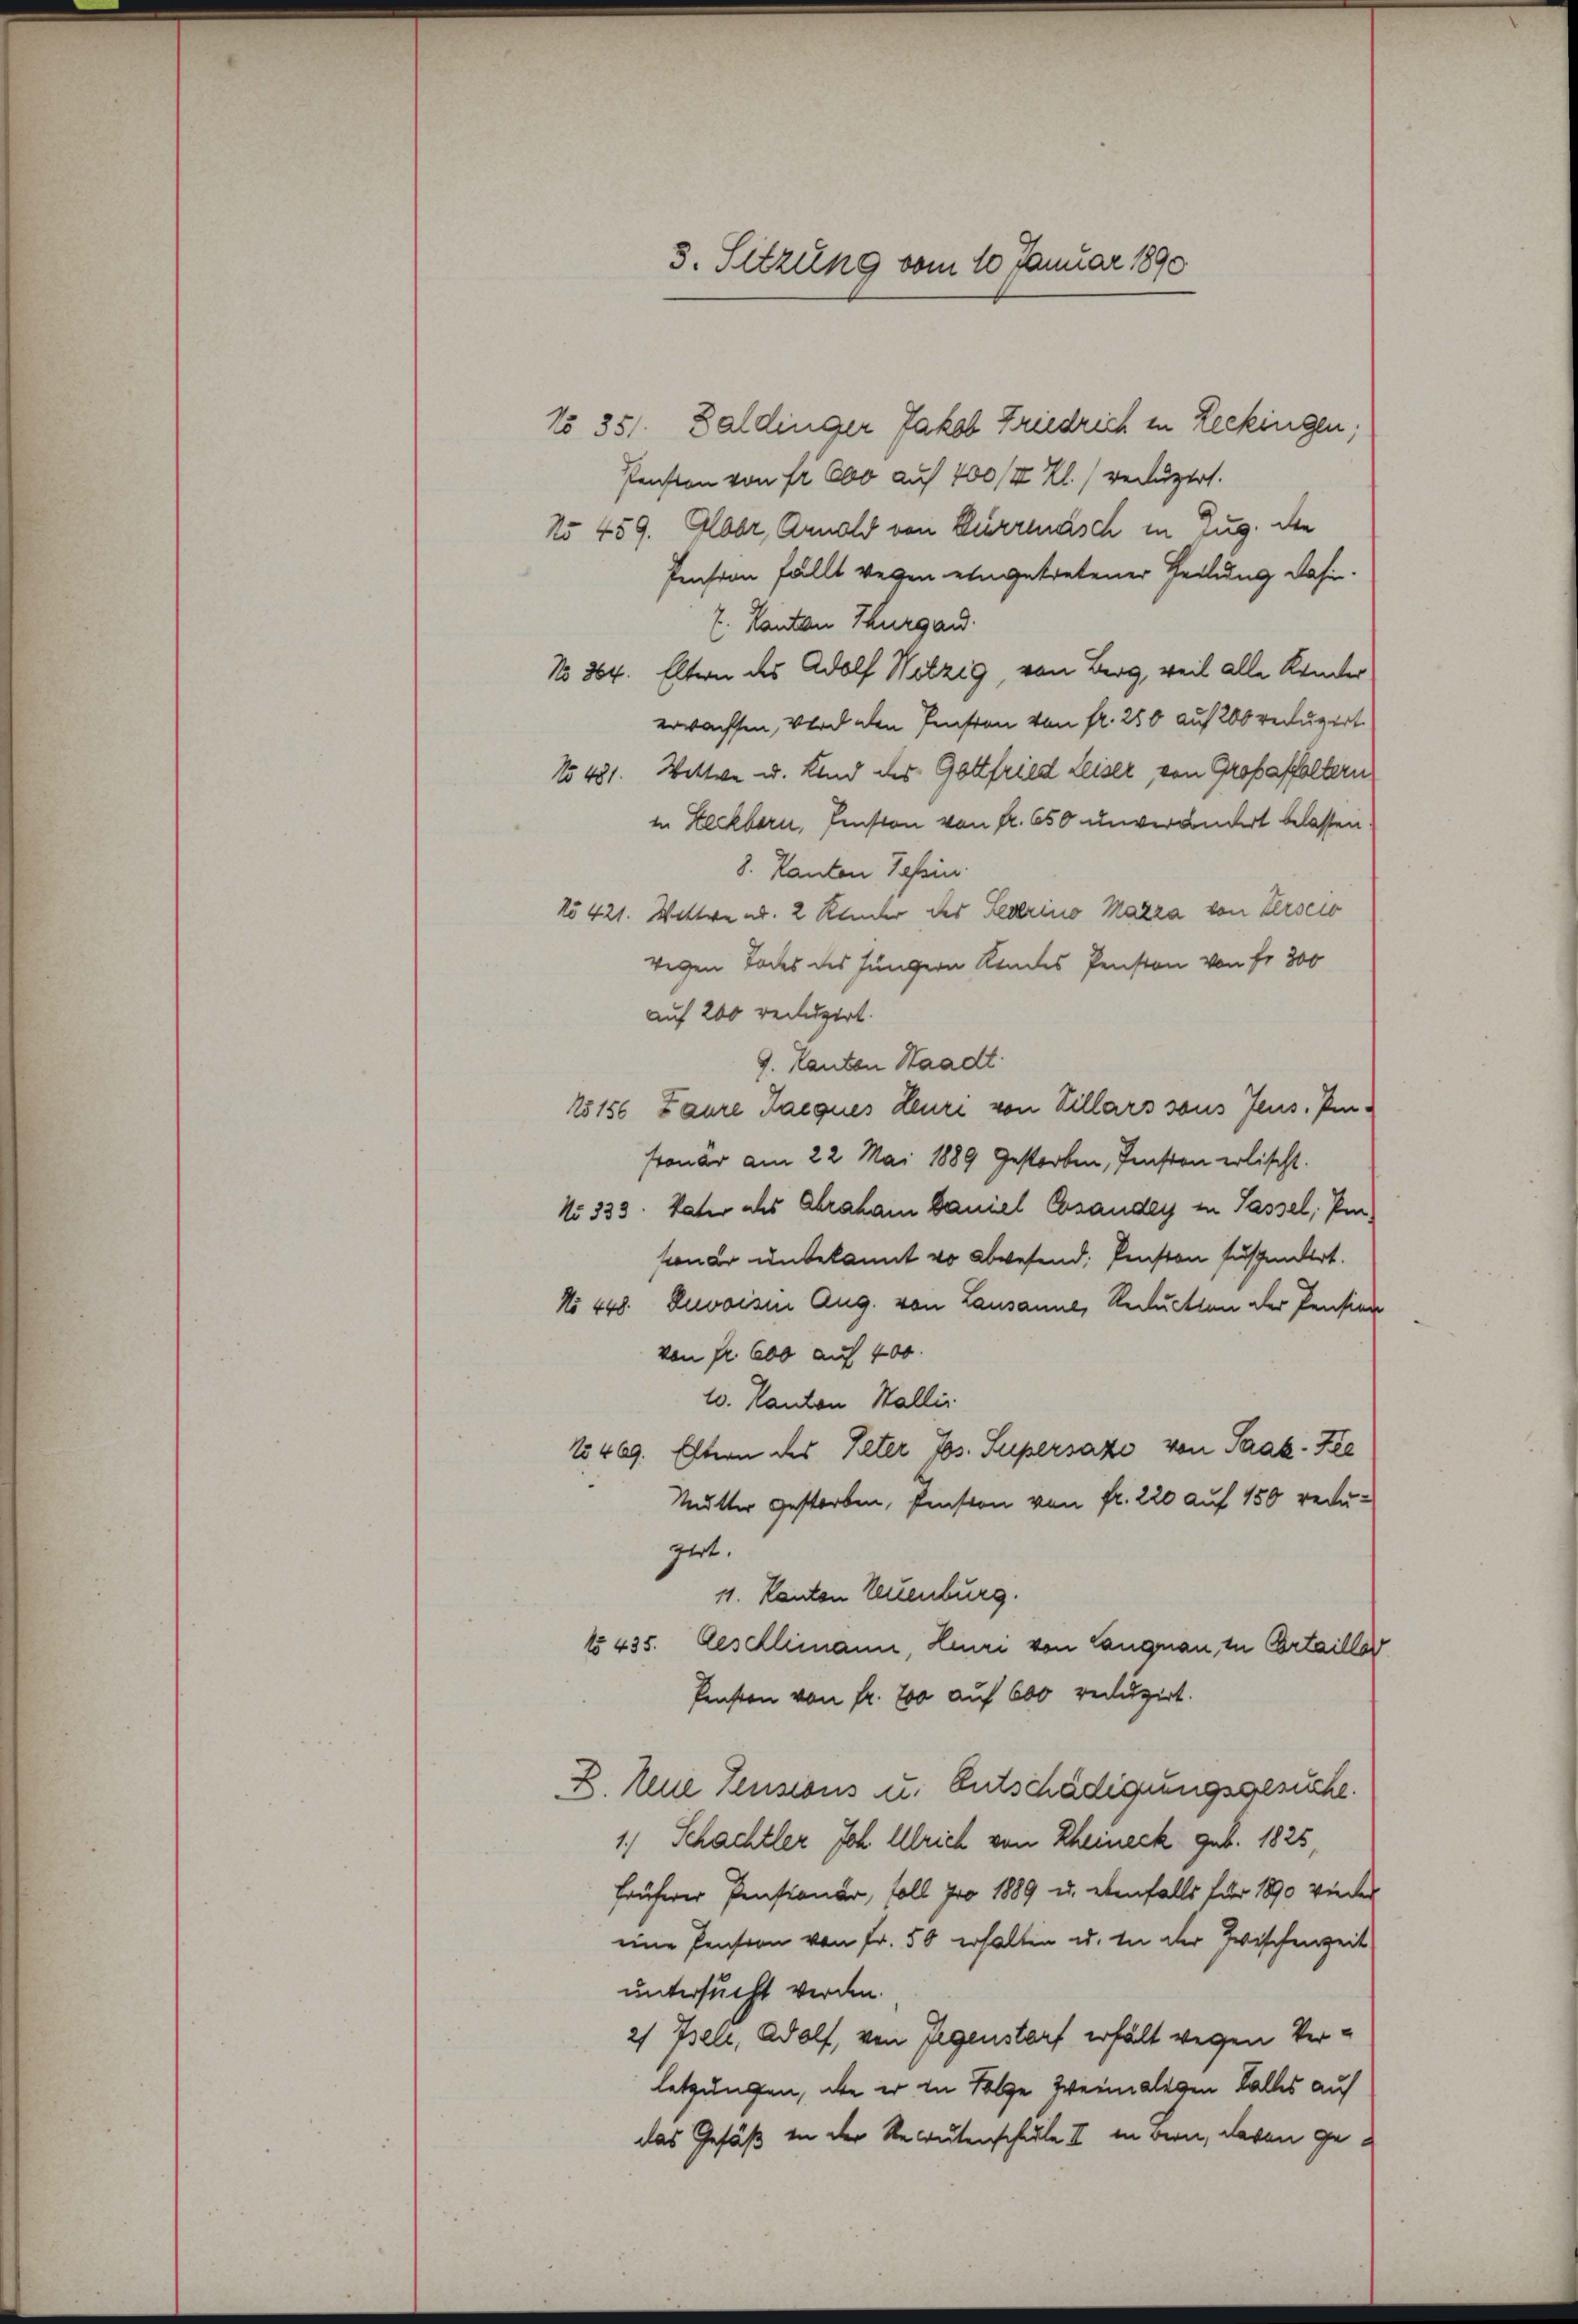
3. Sitzung vom 10 Januar 1890

No 351. Daldinger Jakob Friedrich in Leckingen
Pension von Fr. 600 auf 100 /X Kl. verlustet.
No 459. Globr, Arnold von Kurrenasch in Zug. die
Pension fällt wegen eingetretener Teilung dahin.
7. Kanton Thurgau.
No 864. Eltern des Adolf Wetzig, von Berg, weil alle Kinder
erwachsen, Wird den Pension von fr. 250 auf 200 reduzirt
No 481. Wittwe u. Kind des Gottfried Leiser von Großaffaltern
in Leckborn, Pension von fr. 650 unverändert belassen
8. Kanton Tessin
No 421. Wittwe ad. 2 Kinder des Federino Mara von Verscio
wegen Todes des Jüngern Kindes Penston von Fr. 300
auf 200 reduzirt.
J. Kanton Staadt
15156 Faure Jacques Heuri von Tillars sous Jeus. Penronär am 22. Mai 1889 gestorben, Fensten erlischt.
No 333. Vater ihr Abraham baniel Gesanden in Passel, Emsion er unbekannt wo abwesend: Penston suspentirt.
No 448. Devoisin Aug. von Lausanne, Reduction der Pension
von Fr. 600 auf 400.
10. Kanton Wallis
1469. Eltern des Peter Jos. Supersazo von Saak-Zie
Mutter gestorben, Pension von fr. 220 auf 150 redugert.
11. Kanton Neuenburg.
No 435. Geschlimann, Leuri von Langnau, zu Ertaillor
Pension von Fr. 700 auf 600 reduzirt.
B. Neue Pensions u. Entschädigungsgesuche.
1.) Schachtler Joh. Ulrich von Rheineck geb. 1825
früherer Pensionär, soll pro 1889 u. ebenfalls für 1890 wieder
eine Pension von Fr. 50 erhalten u. in der Zwischenzeit
untersucht werden.
21 Iseli, Adolf, von Gegenstorf erhält wegen Verletzungen, de er in Folge zweimaligen Falles auf
das Gefäß in der Recrutenschale II in dern, davon ge¬